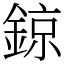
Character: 鍄